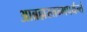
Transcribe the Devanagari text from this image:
आब्रह्मस्तम्भपर्यन्तं